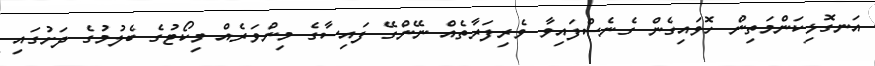
އަނގޮޅިކަންމަތިން ހޮވައިގެން ގެނެސްފައިވާ ވެރިފަރާތެއް ނޭންގޭ ފައިސާގެ މިންވަރެއް މިކޯޓުގެ ބެލުމުގެ ދަށުގައި